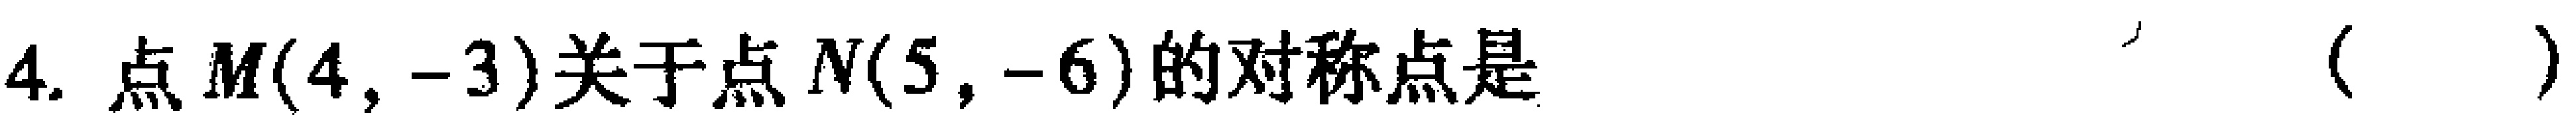
4. 点$M(4, -3)$关于点$N(5, -6)$的对称点是 （  ）